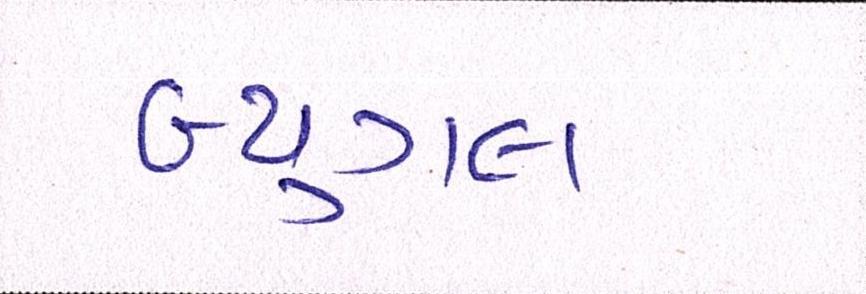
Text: બ્યુગલ